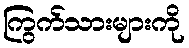
ကြွက်သားများကို